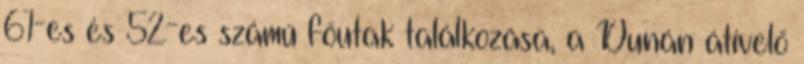
61-es és 52-es számú főutak találkozása, a Dunán átívelő